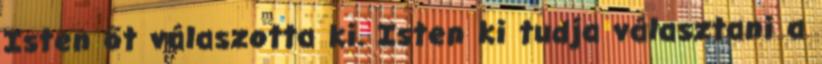
Isten őt válaszotta ki. Isten ki tudja választani a